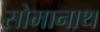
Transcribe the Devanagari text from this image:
सोमानाथ